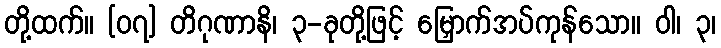
တို့ထက်။ [၀၇] တိဂုဏာနိ၊ ၃-ခုတို့ဖြင့် မြှောက်အပ်ကုန်သော။ ဝါ၊ ၃၊